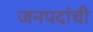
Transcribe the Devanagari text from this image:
जनपदांची